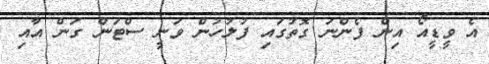
އެ ވީޑީއޯ އިން ފެންނަ ގޮތުގައި ފުލުހުން ވަނީ ސްޓަން ގަން އާއި